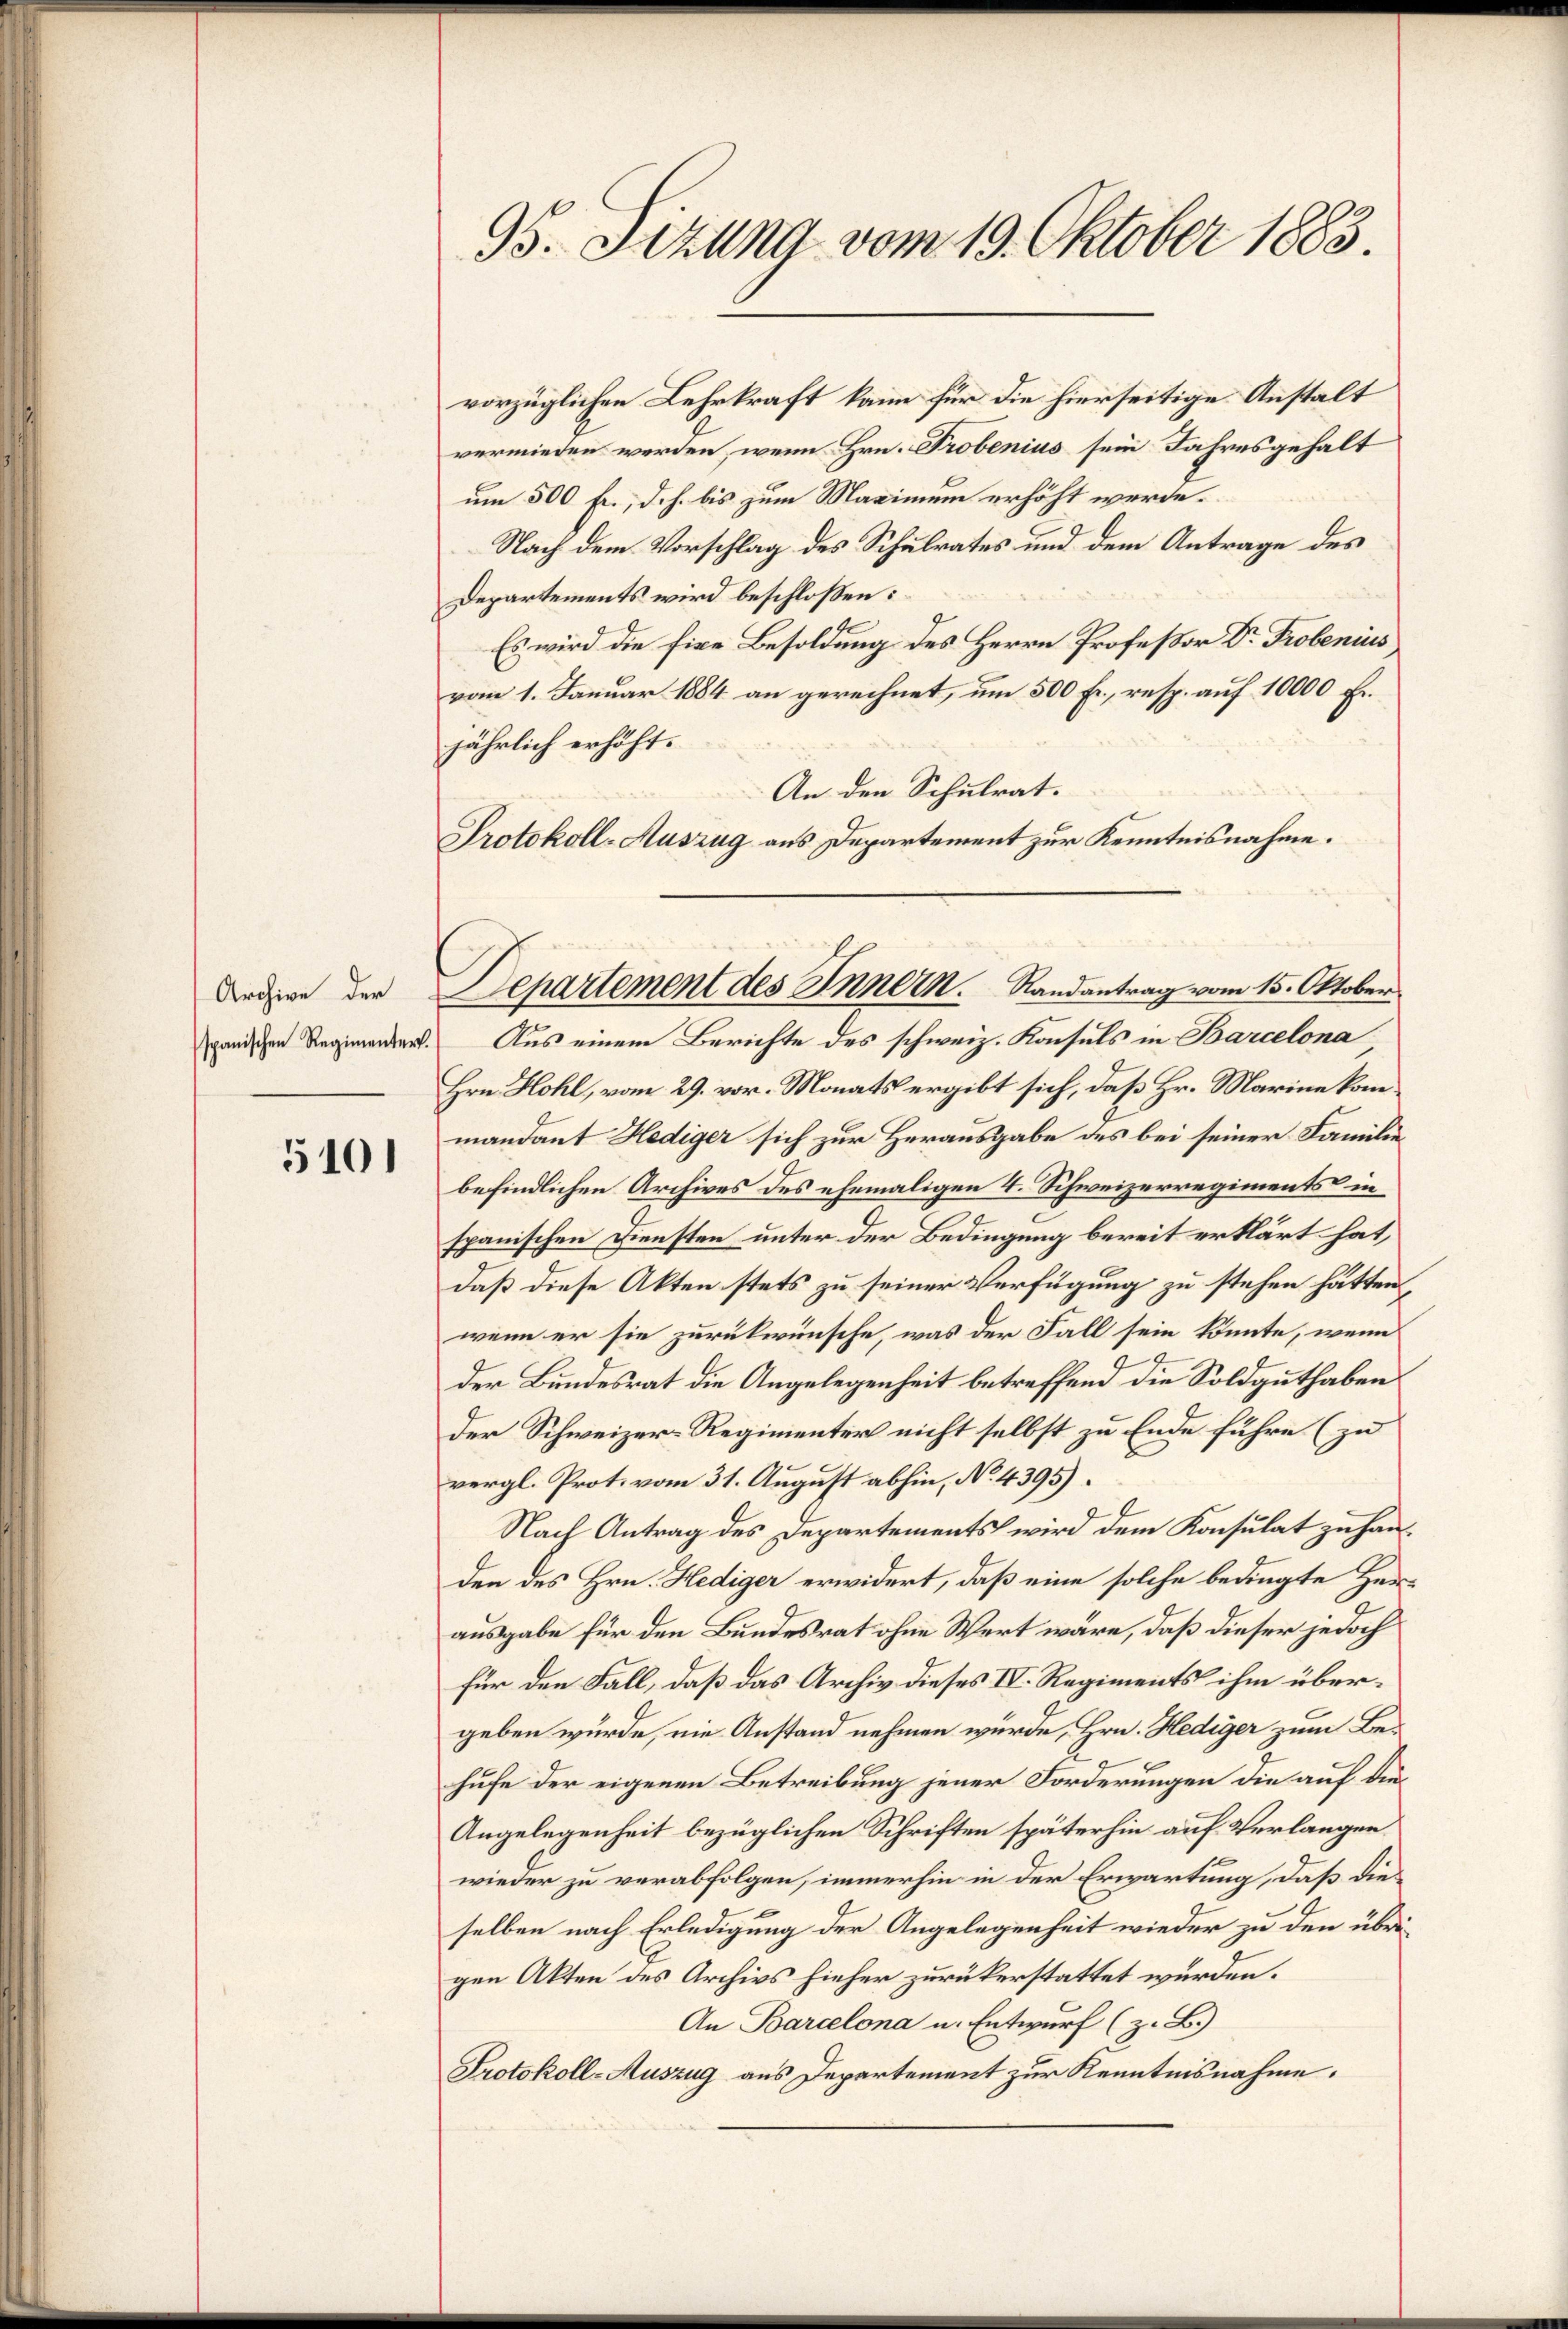
Archive der
spanischen Regimentert.

5101

vorzüglichen Lehrkraft kann für die hierseitige Anstalt
vermieden werden, wenn Hrn. Probenius sein Jahresgehalt
um 500 fr., d.h. bis zum Maximum erhöht werde.
Nach dem Vorschlag des Schulrates und dem Antrage des
Departements wird beschloßen:
Es wird die fixe Besoldung des Herrn Profeßor Dr. Probenius
vom 1. Januar 1884 an gerechnet, um 500 Fr., resp. auf 10000 Fr.
jährlich erhöht.
An den Schulrat.
Protokoll-Auszug aus Departement zur Kenntnisnahme.

95. Sitzung vom 19. Oktober 1883.

Departement des Innern. Randantrag vom 15. Oktober

Aus einem Berichte des schweiz. Konsuls in Barcelona
Hrn. Hohl, vom 29. vor. Monats ergibt sich, daß Hr. Marine kommandant Hediger sich zur Herausgabe des bei seiner Familie
befindlichen Archives des ehemaligen 4. Schweizerregiments in
spanischen Diensten unter der Bedingung bereit erklärt hat,
daß diese Akten stets zu seiner Verfügung zu stehen hätten,
wenn er sie zurückwünsche, was der Fall sein könnte, wenn
der Bundesrat die Angelegenheit betreffend die Soldguthaben
der Schweizer-Regimenter nicht selbst zu Ende führe (zu
t
vergl. Prot. vom 31. August abhin, No. 4395).
Nach Antrag des Departements wird dem Konsulat zu handen des Hrn. Hediger erwidert, daß eine solche bedingte Herausgabe für den Bundesrat ohne Wert wäre, daß dieser jedoch
für den Fall, daß das Archiv dieses IV. Regiments ihm übergeben würde, nie Anstand nehmen würde, Hrn. Hediger zum Behufe der eigenen Betreibung jener Forderungen die auf die
Angelegenheit bezüglichen Schriften späterhin auf Verlangen
wieder zu verabfolgen, immerhin in der Erwartung, daß die
selben nach Erledigung der Angelegenheit wieder zu den übrigen Akten des Archivs hieher zurükerstattet wurden.
An Barcelona u. Entwurf (z. B.)
Protokoll-Auszug aus Departement zur Kenntnisnahme.